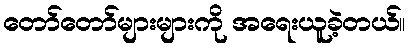
တော်တော်များများကို အရေးယူခဲ့တယ်။